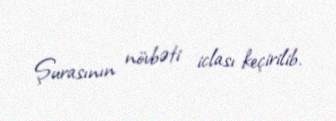
Şurasının növbəti iclası keçirilib.